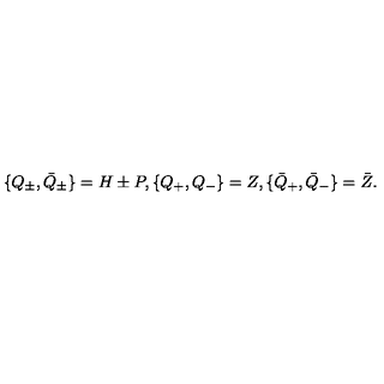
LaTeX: \{ Q _ { \pm } , \bar { Q } _ { \pm } \} = H \pm P , \{ Q _ { + } , Q _ { - } \} = Z , \{ \bar { Q } _ { + } , \bar { Q } _ { - } \} = \bar { Z } .